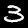
Label: 3